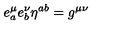
e _ { a } ^ { \mu } e _ { b } ^ { \nu } \eta ^ { a b } = g ^ { \mu \nu }